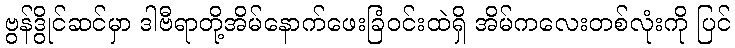
ဗွန်ဒွိုင်ဆင်မှာ ဒါဗီရာတို့အိမ်နောက်ဖေးခြံဝင်းထဲရှိ အိမ်ကလေးတစ်လုံးကို ပြင်